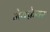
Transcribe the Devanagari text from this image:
मेयफ़ेयर